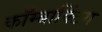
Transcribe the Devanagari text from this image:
कॉम्बाक्टिंग